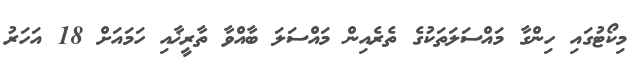
މިކޯޓުގައި ހިންގާ މައްސަލަތަކުގެ ތެރެއިން މައްސަލަ ބާއްވާ ތާރީޚާއި ހަމައަށް 18 އަހަރު